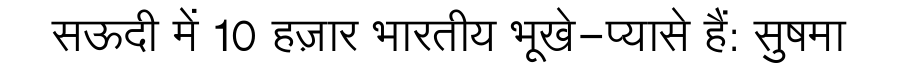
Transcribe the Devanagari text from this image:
सऊदी में 10 हज़ार भारतीय भूखे-प्यासे हैं: सुषमा